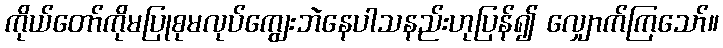
ကိုယ်တော်ကိုမပြုစုမလုပ်ကျွေးဘဲနေပါသနည်းဟုပြန်၍ လျှောက်ကြသော်။